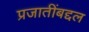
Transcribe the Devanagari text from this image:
प्रजातींबद्दल